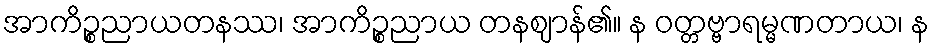
အာကိဉ္စညာယတနဿ၊ အာကိဉ္စညာယ တနဈာန်၏။ န ဝတ္တဗ္ဗာရမ္မဏတာယ၊ န